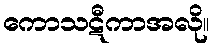
ကောသဋီကာအလို။